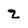
Character: z